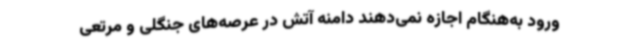
ورود به‌هنگام اجازه نمی‌دهند دامنه آتش در عرصه‌های جنگلی و مرتعی